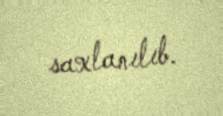
saxlanılıb.